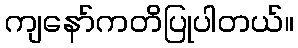
ကျနော်ကတိပြုပါတယ်။